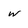
Character: w